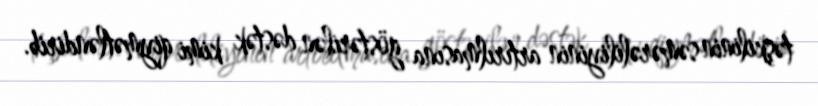
təşkilinin səmərəliliyinin artırılmasına göstərilən dəstək kimi qiymətləndirib.